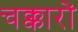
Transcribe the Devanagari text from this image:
चक्कारों